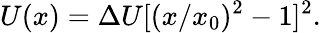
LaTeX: U(x)=\Delta U[(x/x_{0})^{2}-1]^{2}.